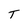
Character: T